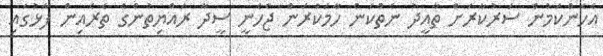
އެހެންކަމުން ސަރުކާރަށް ތާއީދު ނެތްކަން ހާމަކުރަން ޖެހެނީ ސީދާ ރައްޔިތުންގެ ތެރެއިން ފާޅުގައި